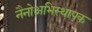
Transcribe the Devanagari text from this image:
नैनोअभिस्थापक